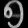
Digit: ၅